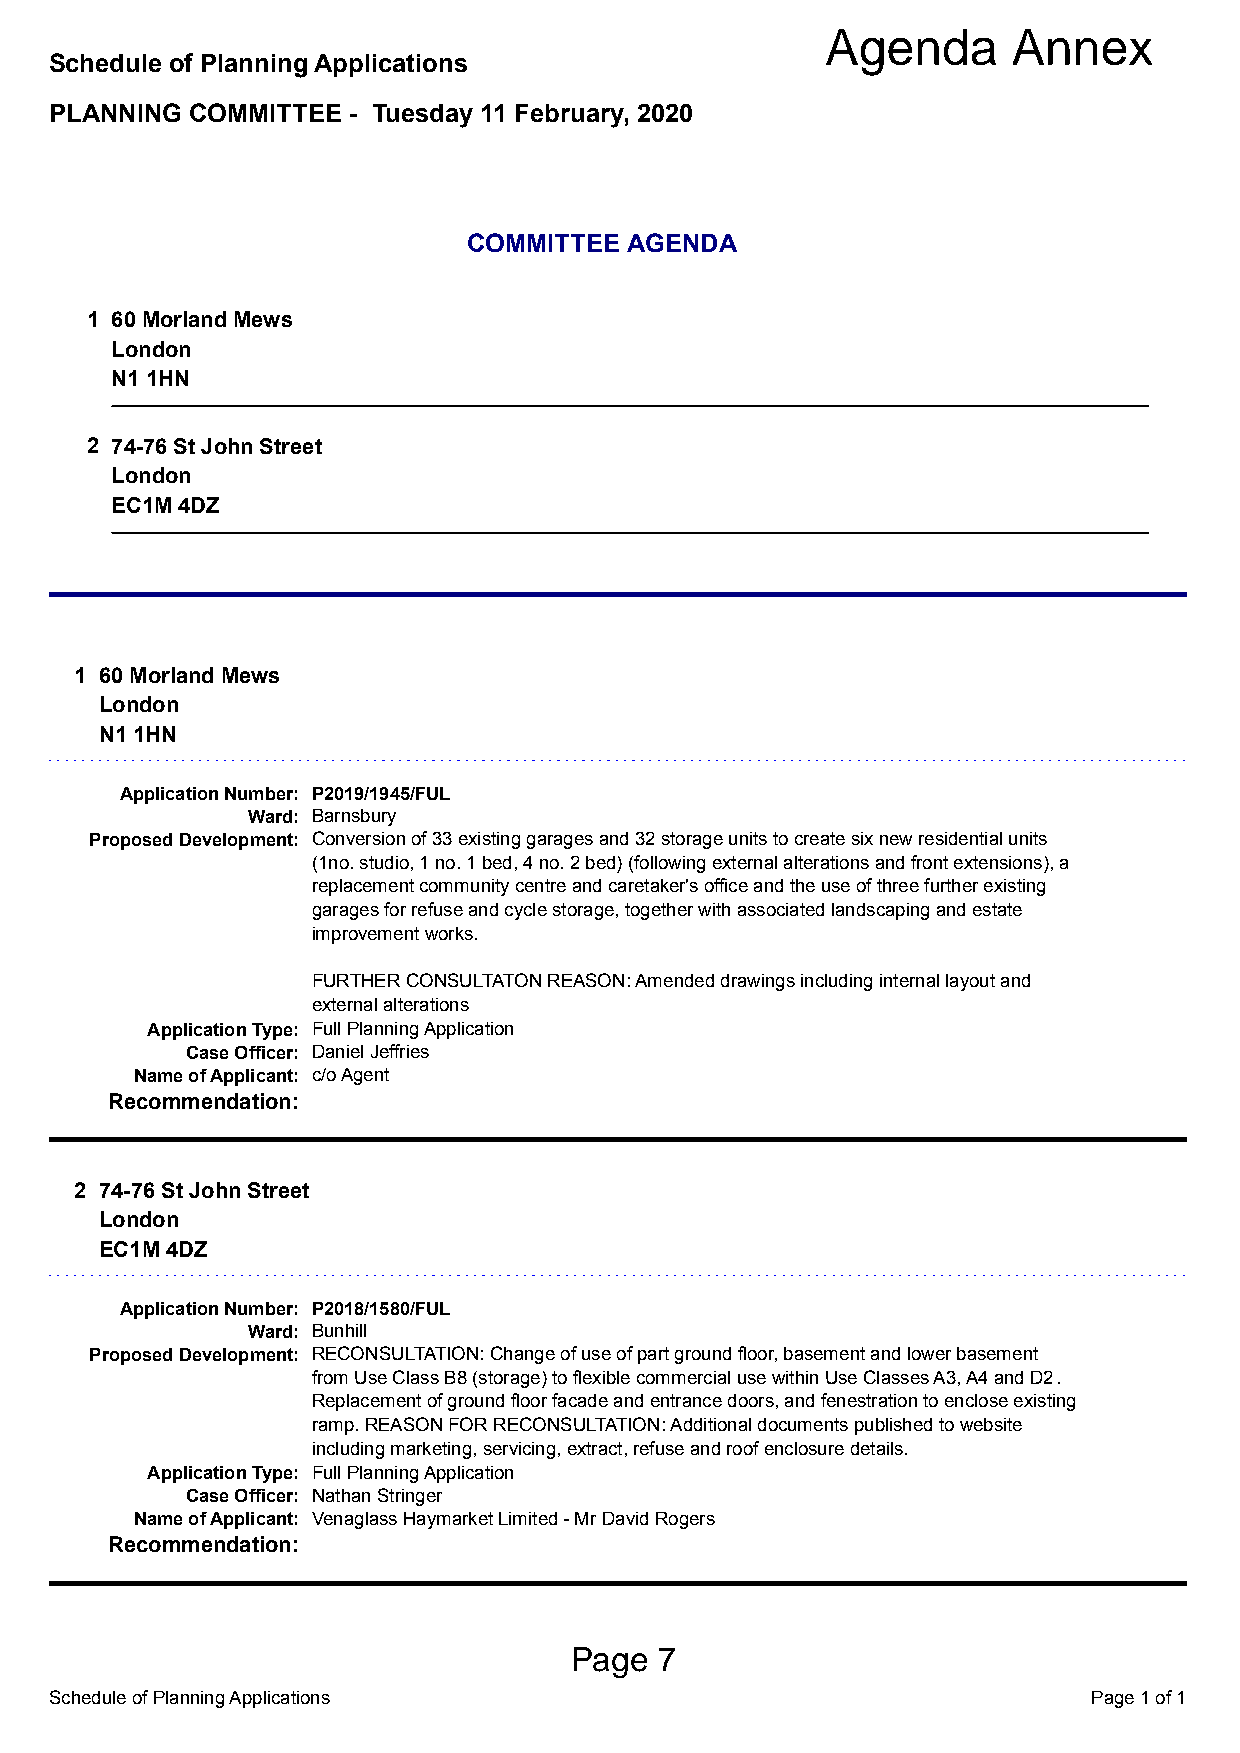
Agenda      Annex
 Schedule of Planning Applications
 PLANNING  COMMITTEE - Tuesday 11 February, 2020
 COMMITTEE AGENDA
 1 60 Morland Mews
 London
 N1 1HN
 2 74-76 St John Street
 London
 EC1M 4DZ
 1 60 Morland Mews
 London
 N1 1HN
 Application Number: P2019/1945/FUL
 Ward: Barnsbury
 Proposed Development: Conversion of 33 existing garages and 32 storage units to create six new residential units
 (1no. studio, 1 no. 1 bed, 4 no. 2 bed) (following external alterations and front extensions), a
 replacement community centre and caretaker's office and the use of three further existing
 garages for refuse and cycle storage, together with associated landscaping and estate
 improvement works.
 FURTHER CONSULTATON REASON: Amended drawings including internal layout and
 external alterations
 Application Type: Full Planning Application
 Case Officer: Daniel Jeffries
 Name of Applicant: c/o Agent
 Recommendation:
 2 74-76 St John Street
 London
 EC1M 4DZ
 Application Number: P2018/1580/FUL
 Ward: Bunhill
 Proposed Development: RECONSULTATION: Change of use of part ground floor, basement and lower basement
 from Use Class B8 (storage) to flexible commercial use within Use Classes A3, A4 and D2.
 Replacement of ground floor facade and entrance doors, and fenestration to enclose existing
 ramp. REASON FOR RECONSULTATION: Additional documents published to website
 including marketing, servicing, extract, refuse and roof enclosure details.
 Application Type: Full Planning Application
 Case Officer: Nathan Stringer
 Name of Applicant: Venaglass Haymarket Limited - Mr David Rogers
 Recommendation:
 Page  7
 Schedule of Planning Applications                                    Page 1 of 1